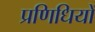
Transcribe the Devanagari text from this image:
प्रणिधियों